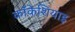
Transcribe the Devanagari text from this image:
कॉकेशियाइ